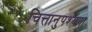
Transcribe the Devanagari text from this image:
चित्तानुपश्यना